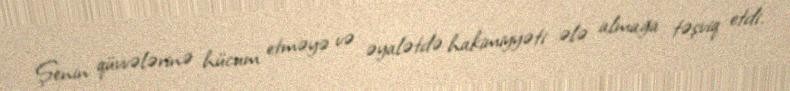
Şenin qüvvələrinə hücum etməyə və əyalətdə hakimiyyəti ələ almağa təşviq etdi.